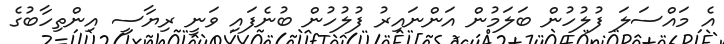
އެ މައްސަލަ ފުލުހުން ބަލަމުން އަންނައިރު ފުލުހުން ބުނެފައި ވަނީ ރިޔާސީ އިންތިހާބުގެ